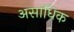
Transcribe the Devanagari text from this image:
असांधिक